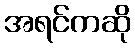
အရင်ကဆို